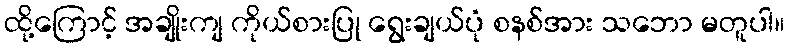
ထို့ကြောင့် အချိုးကျ ကိုယ်စားပြု ရွေးချယ်ပုံ စနစ်အား သဘော မတူပါ။